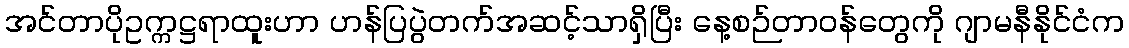
အင်တာပိုဥက္ကဋ္ဌရာထူးဟာ ဟန်ပြပွဲတက်အဆင့်သာရှိပြီး နေ့စဉ်တာဝန်တွေကို ဂျာမနီနိုင်ငံက